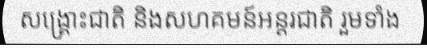
សង្គ្រោះជាតិ និងសហគមន៍អន្តរជាតិ រួមទាំង